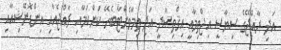
އަދި ރާއްޖޭގެ ސިޔާސީ އިޖްތިމާޢީ އިޤްތިޞާދީ އަދި ތިމާވެށްޓާބެހޭ ކަންކަމާއި ރާއްޖެއާއި އިންޑޮނޭޝިއާއި